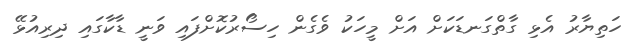
ހަތިޔާރު އެޅި ގާތްގަނޑަކަށް އަށް މީހަކު ވެގެން ހިސޯރުކޮށްފައި ވަނީ ޑާކާގައި ދިރިއުޅޭ